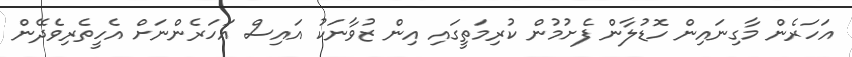
އަހަރެން މާގިނައިން ހޮޑުލާން ފެށުމުން ކުރިމަތީގައި އިން ޒުވާނަކު އައިސް އަހަރެންނަށް އެހީތެރިވެދޭން